Lunatic asylums Bombay report 1891-1903 - 1891-1903
Year: 1891
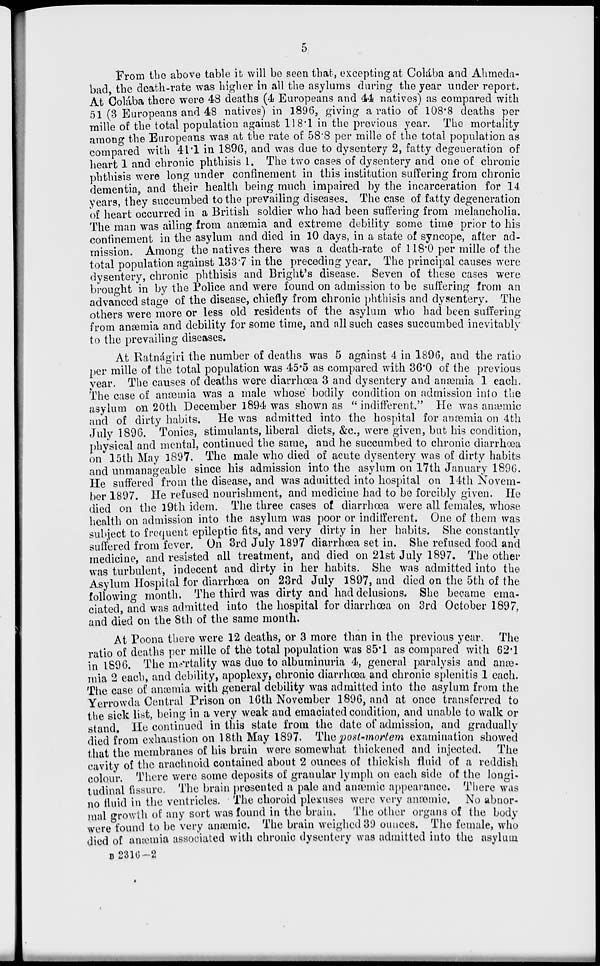
5
From the above table it will be seen that, excepting at Colába and Ahmeda-
bad, the death-rate was higher in all the asylums during the year under report.
At Colába there were 48 deaths (4 Europeans and 44 natives) as compared with
51 (3 Europeans and 48 natives) in 1896, giving a ratio of 108.8 deaths per
mille of the total population against 118.1 in the previous year. The mortality
among the Europeans was at the rate of 58.8 per mille of the total population as
compared with 41.1 in 1896, and was due to dysentery 2, fatty degeneration of
heart 1 and chronic phthisis 1. The two cases of dysentery and one of chronic
phthisis were long under confinement in this institution suffering from chronic
dementia, and their health being much impaired by the incarceration for 14
years, they succumbed to the prevailing diseases. The case of fatty degeneration
of heart occurred in a British soldier who had been suffering from melancholia.
The man was ailing from anæmia and extreme debility some time prior to his
confinement in the asylum and died in 10 days, in a state of syncope, after ad-
mission. Among the natives there was a death-rate of 118.0 per mille of the
total population against 133.7 in the preceding year. The principal causes were
dysentery, chronic phthisis and Bright's disease. Seven of these cases were
brought in by the Police and were found on admission to be suffering from an
advanced stage of the disease, chiefly from chronic phthisis and dysentery. The
others were more or less old residents of the asylum who had been suffering
from anæmia and debility for some time, and all such cases succumbed inevitably
to the prevailing diseases.
At Ratnágiri the number of deaths was 5 against 4 in 1896, and the ratio
per mille of the total population was 45.5 as compared with 36.0 of the previous
year. The causes of deaths were diarrhœa 3 and dysentery and anæmia 1 each.
The case of anæmia was a male whose bodily condition on admission into the
asylum on 20th December 1894 was shown as " indifferent." He was anæmic
and of dirty habits. He was admitted into the hospital for anæmia on 4th
July 1896. Tonics, stimulants, liberal diets, &c., were given, but his condition,
physical and mental, continued the same, and he succumbed to chronic diarrhœa
on 15th May 1897. The male who died of acute dysentery was of dirty habits
and unmanageable since his admission into the asylum on 17th January 1896.
He suffered from the disease, and was admitted into hospital on 14th Novem-
ber 1897. He refused nourishment, and medicine had to be forcibly given. He
died on the 19th idem. The three cases of diarrhœa were all females, whose
health on admission into the asylum was poor or indifferent. One of them was
subject to frequent epileptic fits, and very dirty in her habits. She constantly
suffered from fever. On 3rd July 1897 diarrhœa set in. She refused food and
medicine, and resisted all treatment, and died on 21st July 1897. The other
was turbulent, indecent and dirty in her habits. She was admitted into the
Asylum Hospital for diarrhœa on 23rd July 1897, and died on the 5th of the
following month. The third was dirty and had delusions. She became ema-
ciated, and was admitted into the hospital for diarrhœa on 3rd October 1897,
and died on the 8th of the same month.
At Poona there were 12 deaths, or 3 more than in the previous year. The
ratio of deaths per mille of the total population was 85.1 as compared with 62.1
in 1896. The mortality was due to albuminuria 4, general paralysis and anæ-
mia 2 each, and debility, apoplexy, chronic diarrhœa and chronic splenitis 1 each.
The case of anæmia with general debility was admitted into the asylum from the
Yerrowda Central Prison on 16th November 1896, and at once transferred to
the sick list, being in a very weak and emaciated condition, and unable to walk or
stand. He continued in this state from the date of admission, and gradually
died from exhaustion on 18th May 1897. The post-mortem examination showed
that the membranes of his brain were somewhat thickened and injected. The
cavity of the arachnoid contained about 2 ounces of thickish fluid of a reddish
colour. There were some deposits of granular lymph on each side of the longi-
tudinal fissure. The brain presented a pale and anæmic appearance. There was
no fluid in the ventricles. The choroid plexuses were very anæmic. No abnor-
mal growth of any sort was found in the brain. The other organs of the body
were found to be very anæmic. The brain weighed 39 ounces. The female, who
died of anæmia associated with chronic dysentery was admitted into the asylum
B 2316-2